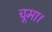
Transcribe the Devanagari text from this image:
चूमा।